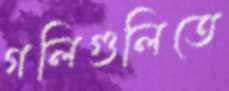
গলিগুলিতে